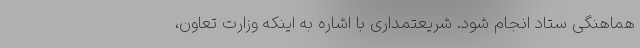
هماهنگی ستاد انجام شود. شریعتمداری با اشاره به اینکه وزارت تعاون،